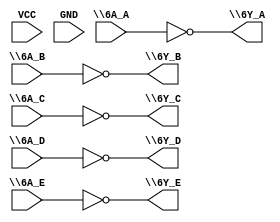
module part2 (
\6A_A ,
\6Y_A ,
VCC ,
GND ,
\6A_B ,
\6Y_B ,
\6A_C ,
\6Y_C ,
\6A_D ,
\6Y_D ,
\6A_E ,
// note: there is not a space character before the nl below
// no space character after nl also
\6Y_E
) ;

input \6A_A ;
output \6Y_A ;
input VCC ;
input GND ;
input \6A_B ;
output \6Y_B ;
input \6A_C ;
output \6Y_C ;
input \6A_D ;
output \6Y_D ;
input \6A_E ;
output \6Y_E ;

assign \6Y_A  = ~\6A_A ;
assign \6Y_B  = ~\6A_B ;
assign \6Y_C  = ~\6A_C ;
assign \6Y_D  = ~\6A_D ;
assign \6Y_E  = ~\6A_E ;

endmodule